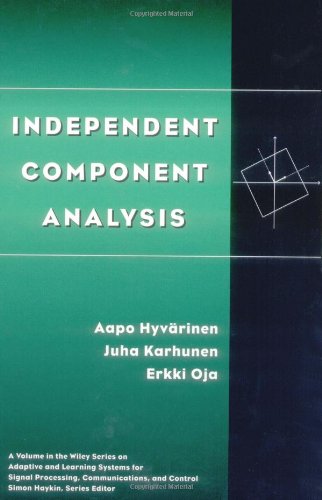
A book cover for Independent Component Analysis; Aapo HyvÃ¤rinen; Science & Math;